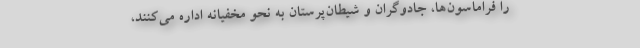
را فراماسون‌ها، جادوگران و شیطان‌پرستان به نحو مخفیانه اداره می‌کنند،